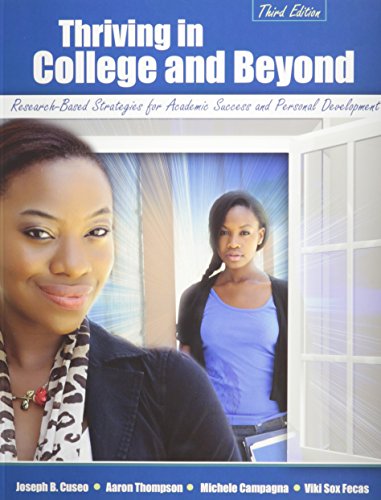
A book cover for Thriving in College and Beyond: Research-Based Strategies for Academic Success and Personal Development; CUSEO  JOE B; Education & Teaching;